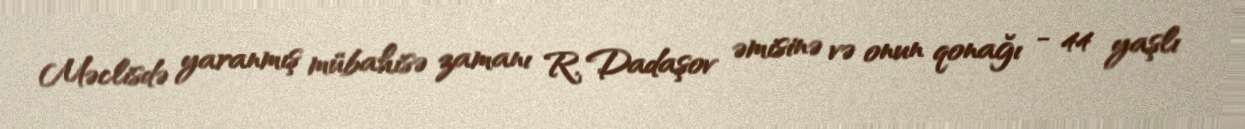
Məclisdə yaranmış mübahisə zamanı R. Dadaşov əmisinə və onun qonağı - 44 yaşlı